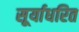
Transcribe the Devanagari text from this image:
सूर्याधरित